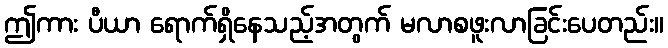
ဤကား ပီယာ ရောက်ရှိနေသည့်အတွက် မလာစဖူးလာခြင်းပေတည်း။